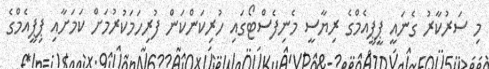
މި ސަރުކާރު ގެނައީ ޕީޕީއެމްގެ ރިޔާސީ މެނިފެސްޓޯގައި ހުރިކަންކަން ފުރިހަމަކުރުމަށް ކަމަށާއި ޕިޕީއެމްގެ